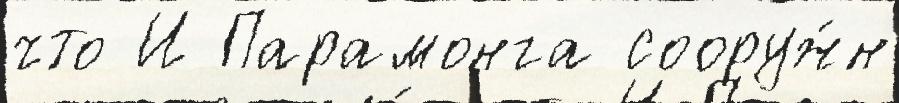
что И Парамонга сооруж́н